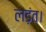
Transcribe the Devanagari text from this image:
लड़ंत।